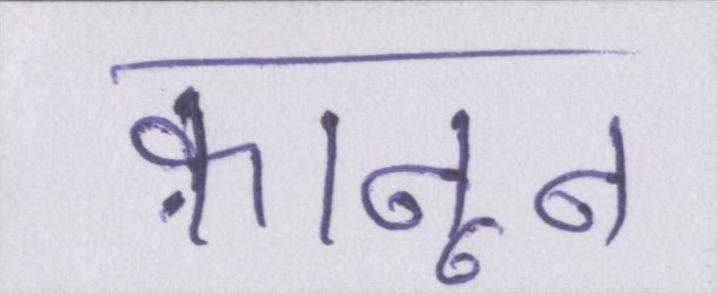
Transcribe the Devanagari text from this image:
क़ानून